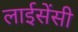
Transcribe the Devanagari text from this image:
लाईसेंसी